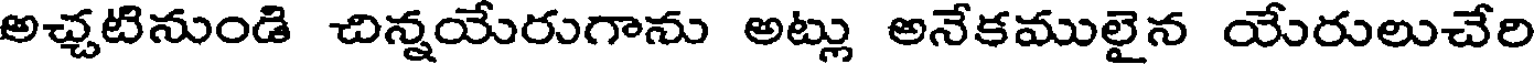
అచ్చటినుండి చిన్నయేరుగాను అట్లు అనేకములైన యేరులుచేరి